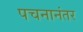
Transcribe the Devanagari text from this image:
पचनानंतर